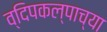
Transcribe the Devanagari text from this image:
व्दिपकल्पाच्या